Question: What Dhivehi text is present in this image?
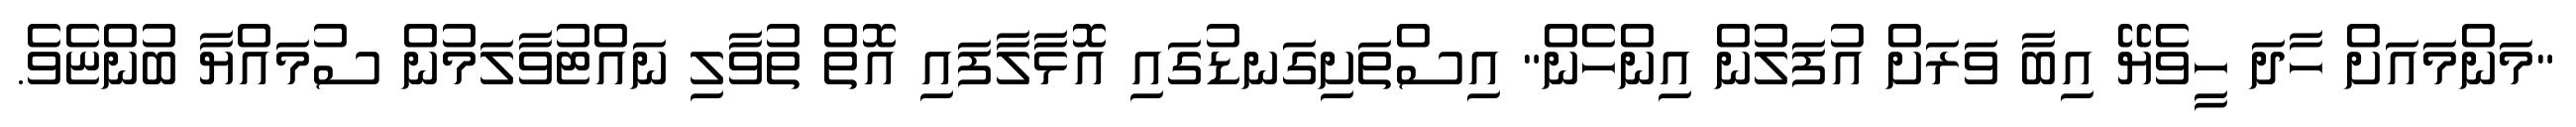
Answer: "މަންމައަށް ހާދަ ހީވެޔޭ އިބާ ވަރަށް އުފަލުން އިންހެން" އިސްތަށިގަނޑުގައި އޮޅާލާފައި އޮތް ތުވާލި ނައްޓުވާލަމުން ސުމައްޔާ ބުންޏެވެ.